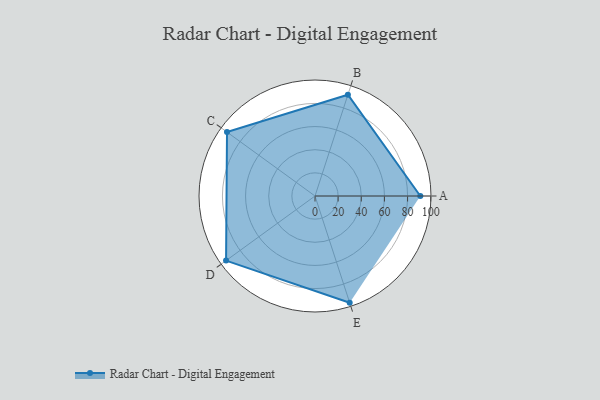
{"axis": {"x": "Skill", "y": "Score"}, "legend": ["Profile"], "data": [{"x": "A", "y": 91.0, "type": "Profile"}, {"x": "B", "y": 92.0, "type": "Profile"}, {"x": "C", "y": 94.0, "type": "Profile"}, {"x": "D", "y": 95.0, "type": "Profile"}, {"x": "E", "y": 97.0, "type": "Profile"}]}